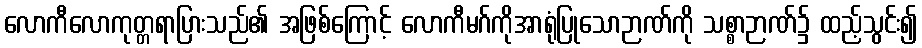
လောကီလောကုတ္တရာပြားသည်၏ အဖြစ်ကြောင့် လောကီမဂ်ကိုအာရုံပြုသောဉာဏ်ကို သစ္စာဉာဏ်၌ ထည့်သွင်း၍